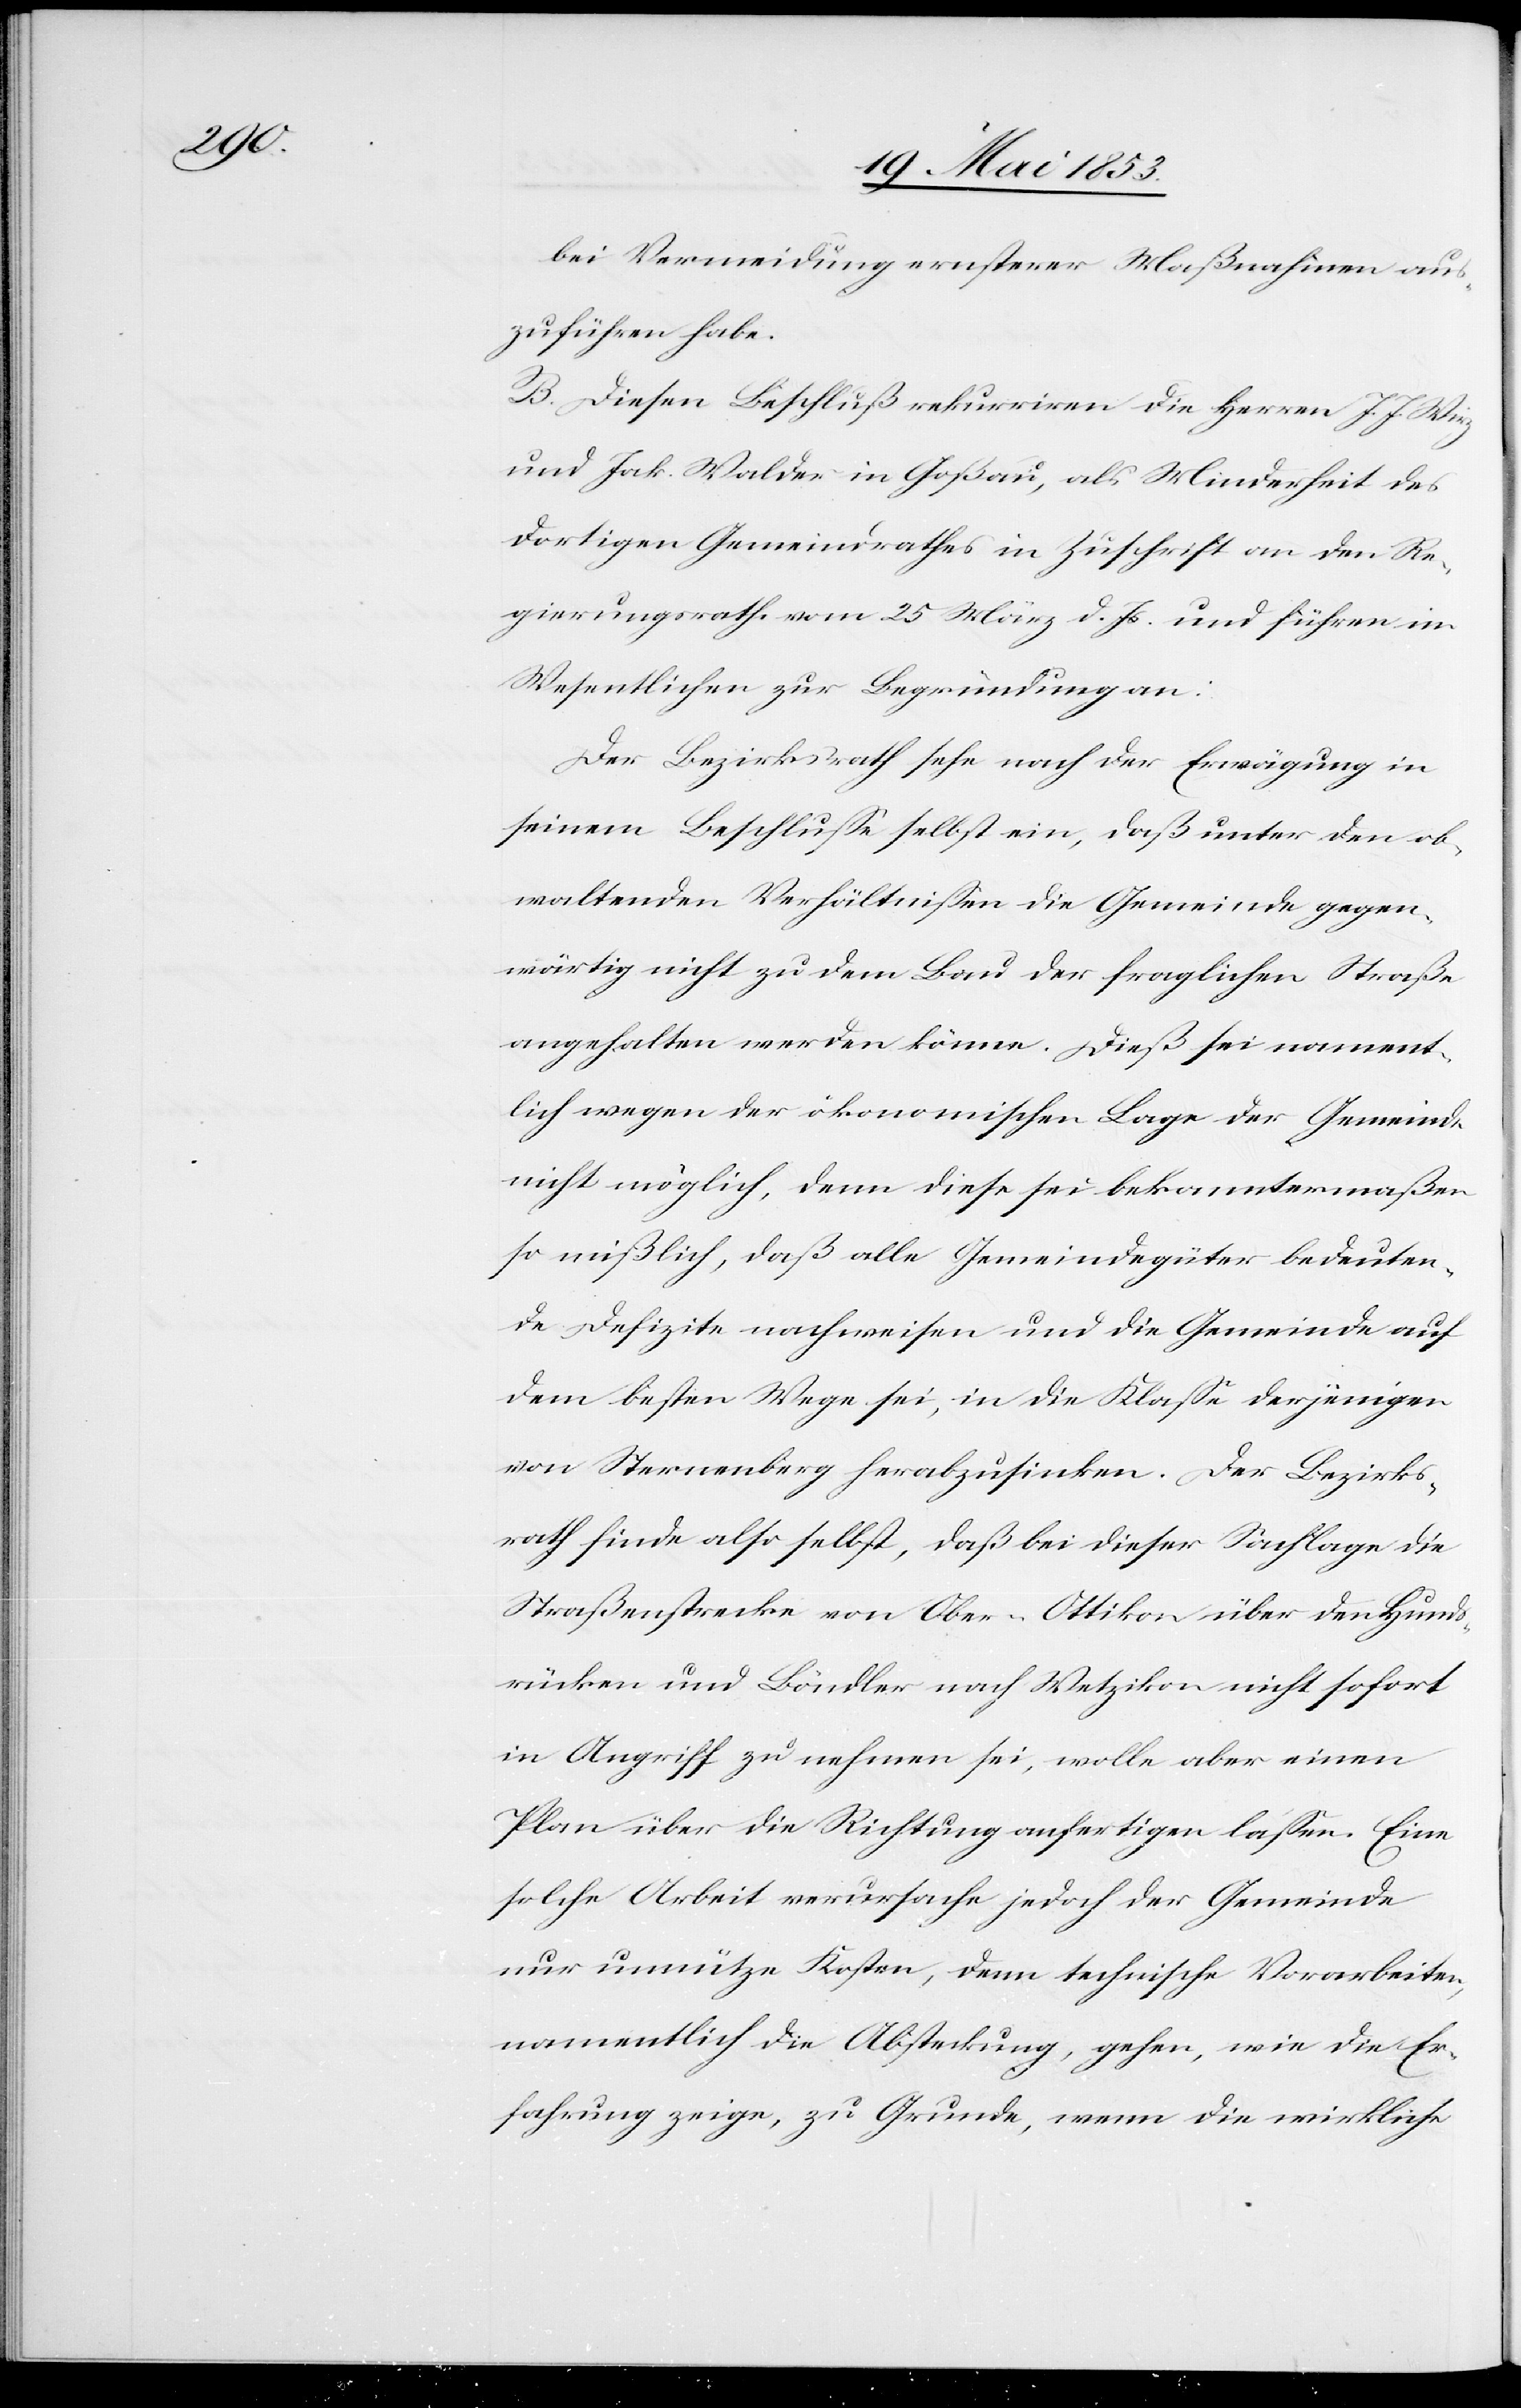
bei Vermeidung ernsterer Maßnahmen aus¬
zuführen habe.
B. Diesen Beschluß rekurriren die Herrn J. J. Wirz
und Jak. Walder in Goßau, als Minderheit des
dortigen Gemeindrathes in Zuschrift an den Re¬
gierungsrathe vom 25 März d. Js. und führen im
Wesentlichen zur Begründung an:
Der Bezirksrath sehe nach der Erwägung in
seinem Beschluße selbst ein, daß unter den ob¬
waltenden Verhältnißen die Gemeinde gegen¬
wärtig nicht zu dem Bau der fraglichen Straße
angehalten werden könne. Dieß sei nament¬
lich wegen der ökonomischen Lage der Gemeinde
nicht möglich, denn diese sei bekanntermaßen
so mißlich, daß alle Gemeindgüter bedeuten¬
de Defizite nachweisen und die Gemeinde auf
dem besten Wege sei, in die Klaße derjenigen
von Sternenberg herabzusinken. Der Bezirks¬
rath finde also selbst, daß bei dieser Sachlage die
Straßenstrecke von Ober-Ottikon über den Hunds¬
rücken und Böndler nach Wetzikon nicht sofort
in Angriff zu nehmen sei, wolle aber einen
Plan über die Richtung anfertigen laßen. Eine
solche Arbeit verursache jedoch der Gemeinde
nur unnütze Kosten, denn technische Vorarbeiten
namentlich die Absteckung, gehen, wie die Er¬
fahrung zeige, zu Grunde, wenn die wirkliche